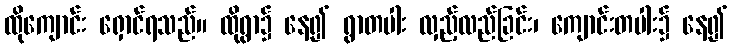
ထိုကျောင်း ရှောင်ရသည်။ ထိုရွာ၌ နေ၍ ရွာတပါး လှည့်လည်ခြင်း၊ ကျောင်းတပါး၌ နေ၍